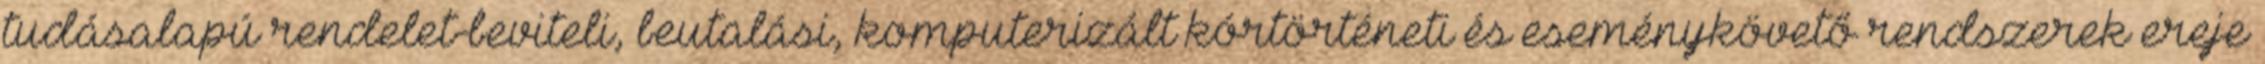
tudásalapú rendelet-beviteli, beutalási, komputerizált kórtörténeti és eseménykövető rendszerek ereje